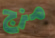
مزج